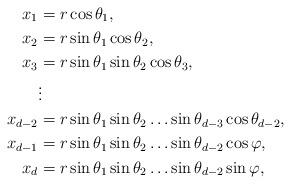
LaTeX: \begin{align*}x_1 & = r\cos\theta_1,\\x_2 & = r\sin\theta_1\cos\theta_2,\\x_3 & = r\sin\theta_1\sin\theta_2\cos\theta_3,\\& \vdots \\x_{d-2} & = r\sin\theta_1\sin\theta_2\ldots\sin\theta_{d-3} \cos\theta_{d-2},\\x_{d-1} & = r\sin\theta_1\sin\theta_2\ldots\sin\theta_{d-2} \cos\varphi,\\x_{d} & = r\sin\theta_1\sin\theta_2\ldots\sin\theta_{d-2} \sin\varphi,\end{align*}